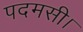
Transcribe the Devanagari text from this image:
पदमसी।